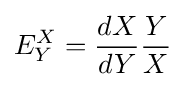
E_{Y}^{X}={\frac {dX}{dY}}{\frac {Y}{X}}